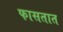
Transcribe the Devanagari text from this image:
फासतात